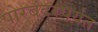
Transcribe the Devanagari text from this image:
पोरबंदरपर्यंत